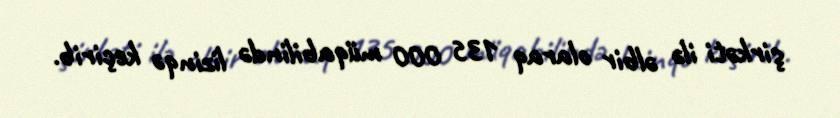
şirkəti ilə əlbir olaraq 135 000 müqabilində lizinqə keçirib.